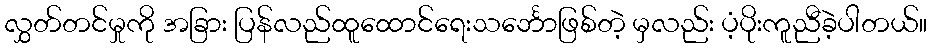
လွှတ်တင်မှုကို အခြား ပြန်လည်ထူထောင်ရေးသင်္ဘောဖြစ်တဲ့ မှလည်း ပံ့ပိုးကူညီခဲ့ပါတယ်။